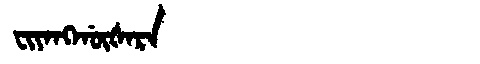
Manchu: ᠸᡳᠶᠠᠩᡤᡡᡧᠠᡵᠠ
Romanization: FIYANGGŪŠARA